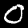
Label: 0